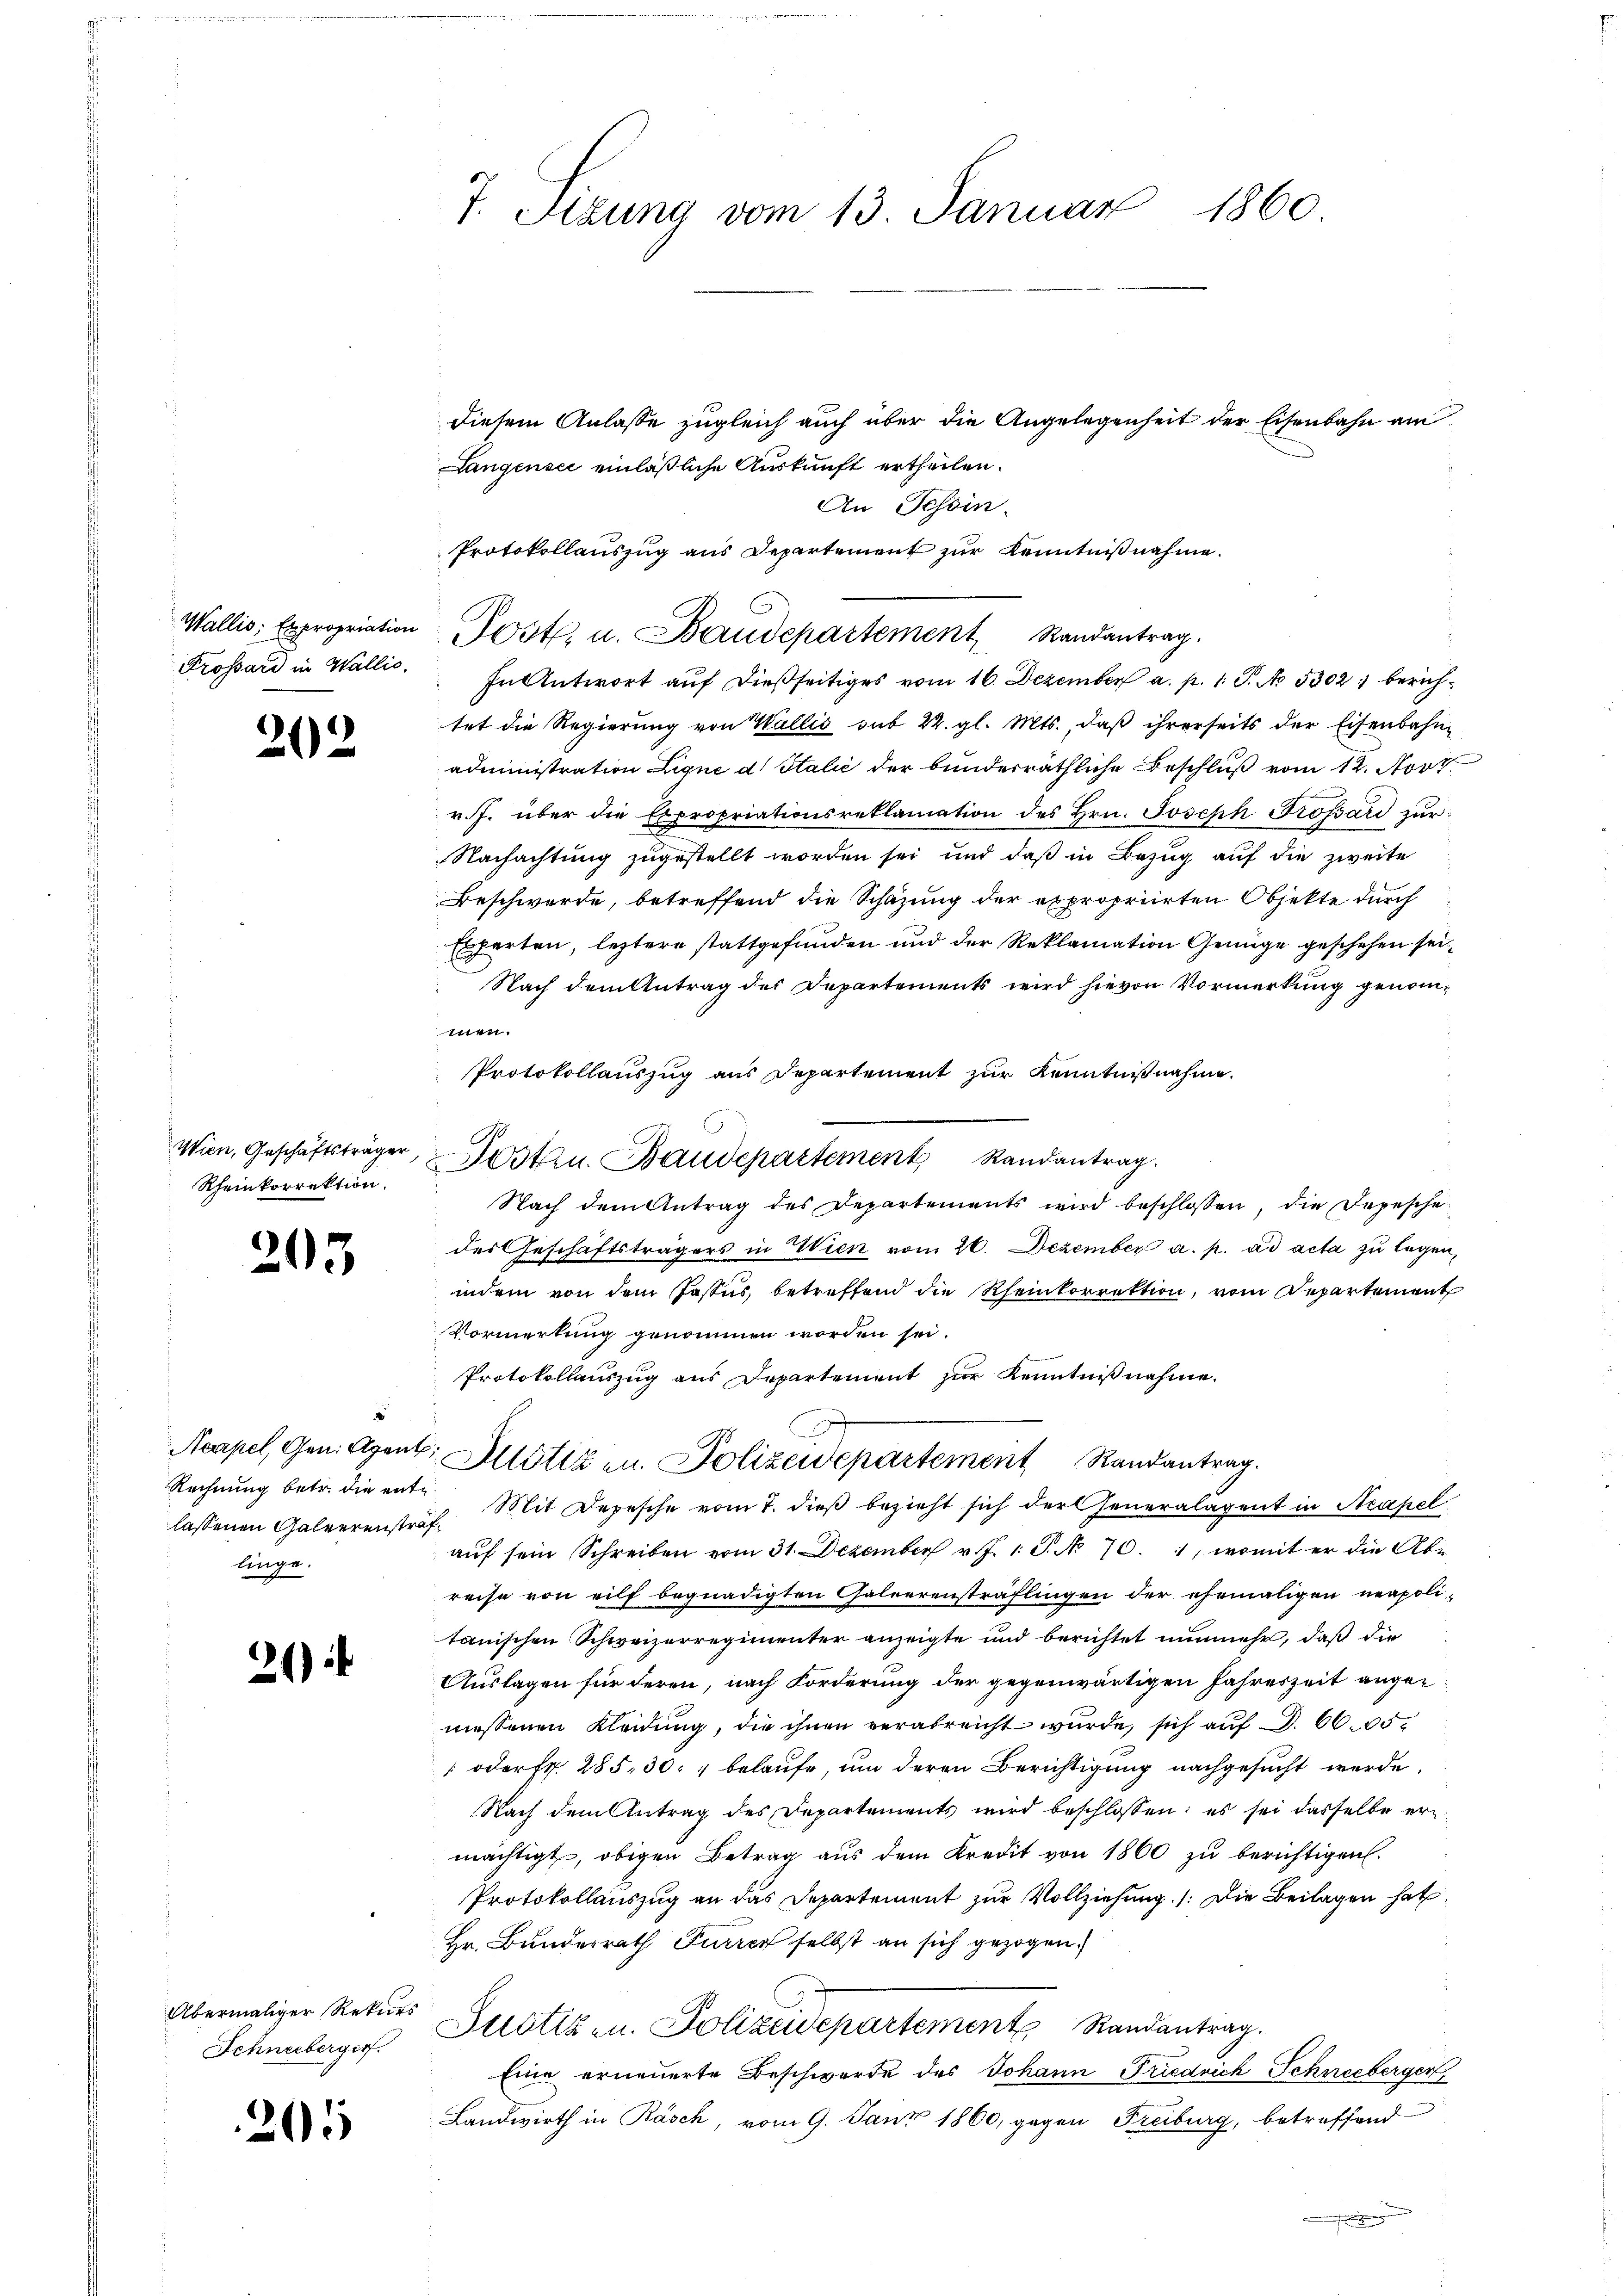
Frossard in Wallis.

202

Rheinkorrektion.

205

lassenen Galeerenstraf
linge.

2)

Übermaliger Rekurs
Schneeberger

205

7. Sizung vom 13. Januar 1860.

Wallis, Expropriation Post. u. Baudepartement Randantrag.

In Antwort auf dießseitiges vom 16. Dezember a. p. 1 S. No. 5302: berichtet die Regierung von Wallis ont 22. gl. Mts., daß ihrerseits der Eisenbahn-
administration Lique d. Stalić der bunderräthliche Beschluß vom 12. Novt.
r. J. über die Expropriationsreklamation des Hrn. Joseph Grossard zur
Nachachtung zugestellt worden sei und daß in Bezug auf die zweite
Beschwerde, betreffend die Schazung der expropriirten Objekte durch
Experten, leztere stattgefunden und der Reklamation Genüge geschehen sei¬
Nach dem Antrag des Departements wird hievon Vormerkung genommen.
Protokollauszug aus Departement zur Kenntnißnahme.
Nach dem Antrag des Departements wird beschlossen, die Depesche
des Geschäftsträgers in Wien vom 26. Dezember a. p. ad acta zu legen,
indem von dem Passus, betreffend die Rheinkorrektion, vom Repartement
Vormerkung genommen worden sei.
Protokollauszug aus Departement zur Kenntnißnahme.
Aarpel, Gen. Agent. Allotizen. Polizeidepartement Randantrag.
Rechnŭng betr. die ente Mit Depesche vom 7. dieβ bezieht sich der Generalagent in Neapel
auf sein Schreiben vom 31. Dezember v. J. 1 S. No 70. 1, womit er die Abreise von eilf begnadigten Galeerensträflingen der ehemaligen neapoli-
tanischen Schweizerregimenter anzeigte und berichtet nunmehr, daß die
Auslagen für deren, nach Forderung der gegenwärtigen Jahreszeit angemessenen Kleidung, die ihnen verabreicht wurde, sich auf S. 66. 15
 oder fr. 285, 30 " belaufe, um deren Berichtigung nachgesucht werde.
Nach dem Antrag des Departements wird beschlossen: es sei dasselbe ermächtigt, obigen Betrag aus dem Kredit von 1860 zŭ berichtigen.
Protokollauszug an das Departement zur Vollziehung /: Die Beilagen hat
Hr. Bundesrath Furrer selbst an sich gezogen.
Justiz u. Polizeidepartement Randantrag.
Eine erneuerte Beschwerde des Johann Friedrich Schneeberger
Landwirth in Rasch, vom 9. Janz 1860, gegen Freiburg, betreffend
.

diesem Anlasse zugleich auch über die Angelegenheit der Eisenbahn am
Langensee einläßliche Auskunft ertheilen.
An Tessin.
Protokollauszug aus Departement zur Kenntnißnahme.

Wien, Geschäftsträger, Posten. Baudepartement Randantrag.